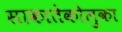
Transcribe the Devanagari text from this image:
साकातेकोलुका